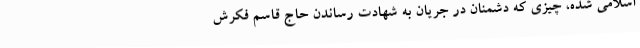
اسلامی شده، چیزی که دشمنان در جریان به شهادت رساندن حاج قاسم فکرش